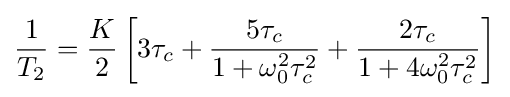
{\frac {1}{T_{2}}}={\frac {K}{2}}\left[3\tau _{c}+{\frac {5\tau _{c}}{1+\omega _{0}^{2}\tau _{c}^{2}}}+{\frac {2\tau _{c}}{1+4\omega _{0}^{2}\tau _{c}^{2}}}\right]